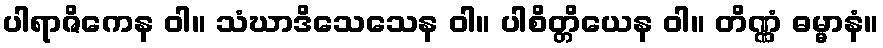
ပါရာဇိကေန ဝါ။ သံဃာဒိသေသေန ဝါ။ ပါစိတ္တိယေန ဝါ။ တိဏ္ဏံ ဓမ္မာနံ။